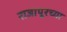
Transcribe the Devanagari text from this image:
राजापूरच्या